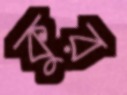
কুর